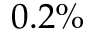
0 . 2 \%